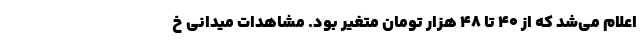
اعلام می‌شد که از ۴۰ تا ۴۸ هزار تومان متغیر بود. مشاهدات میدانی خ